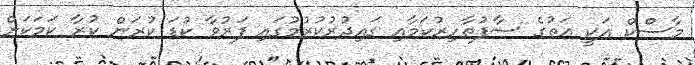
މާސްކް އަކީ އަތުގެ ސާފުތާހިރުކަމާއި ގައިދުރުކުރުމުގައި ފަރުވާ ކުޑަ ކުރަން ކުރާ ކަމަކަށް